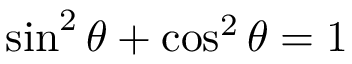
\sin ^ { 2 } { \theta } + \cos ^ { 2 } { \theta } = 1